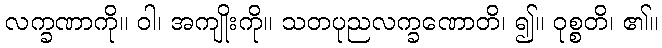
လက္ခဏာကို။ ဝါ၊ အကျိုးကို။ သတပုညလက္ခဏောတိ၊ ၍။ ဝုစ္စတိ၊ ၏။